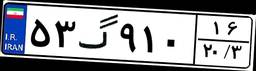
۰۵گ۸۴۷۸۱